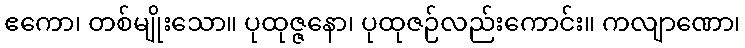
ဧကော၊ တစ်မျိုးသော။ ပုထုဇ္ဇနော၊ ပုထုဇဉ်လည်းကောင်း။ ကလျာဏော၊